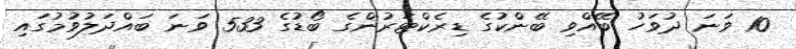
10 ވަނަ ދުވަހު ބޭއްވި ބޭންކުގެ ޑިރެކްޓަރުންގެ ބޯޑުގެ 533 ވަނަ ބައްދަލުވުމުގައި